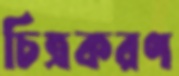
চিত্রকরণ